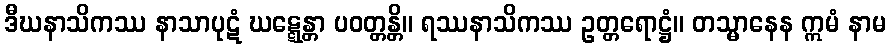
ဒီဃနာသိကဿ နာသာပုဋံ ဃဋ္ဋေန္တာ ပဝတ္တန္တိ။ ရဿနာသိကဿ ဥတ္တရောဋ္ဌံ။ တသ္မာနေန ဣမံ နာမ